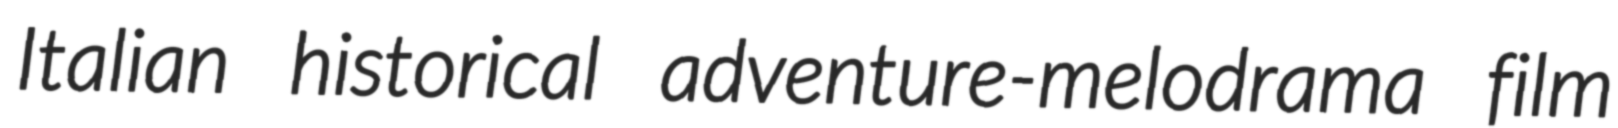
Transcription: Italian historical adventure-melodrama film